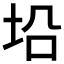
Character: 𪣈